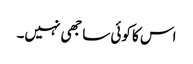
اس کا کوئی ساجھی نہیں۔